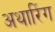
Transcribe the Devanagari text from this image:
अथारिंग